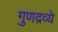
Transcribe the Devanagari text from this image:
गुणद्रव्ये